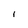
Character: 1